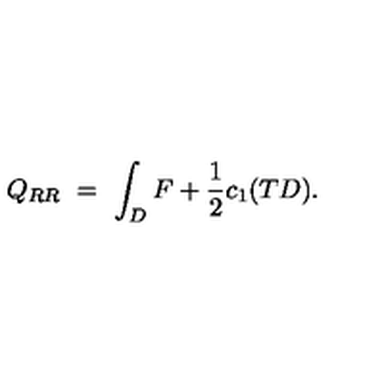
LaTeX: Q _ { R R } \ = \ \int _ { D } F + \frac { 1 } { 2 } c _ { 1 } ( T D ) .